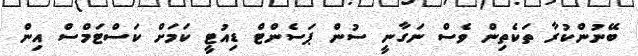
ބޭނުންކުރާ ތަކެތިން ވެސް ނަގާނީ ސުން ޕަސެންޓް ޑިއުޓީ ކަމަށް ކަސްޓަމްސް އިން